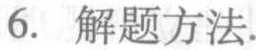
6. 解题方法.